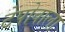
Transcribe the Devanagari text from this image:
टेंपोवाला